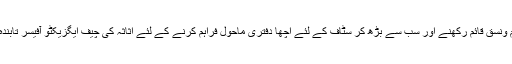
ماضی میں دفتری معاملات بہتر انداز سے چلانے، نظم ونسق قائم رکھنے اور سب سے بڑھ کر سٹاف کے لئے اچھا دفتری ماحول فراہم کرنے کے لئے اثاثہ کی چیف ایگزیکٹو آفیسر تابندہ آپی تمام سٹاف سے براہِ راست رابطے میں رہتی تھیں۔